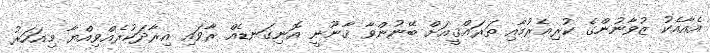
އެއާއެކު ޒުވާނުންގެ ކުރިއެރުމާއި ތަރައްޤީއަށް ބޭނުންވާ ޤާނޫނީ އޮނިގަނޑެއް ރާވައި އިރާދަކުރެއްވިއްޔާ މިއަހަރު